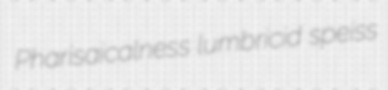
Pharisaicalness lumbricid speiss